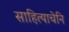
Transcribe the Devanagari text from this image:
साहित्याचेनि